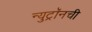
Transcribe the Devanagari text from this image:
न्युट्रॉनची